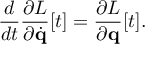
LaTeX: { \frac { d } { d t } } { \frac { \partial L } { \partial { \dot { \mathbf { q } } } } } [ t ] = { \frac { \partial L } { \partial \mathbf { q } } } [ t ] .